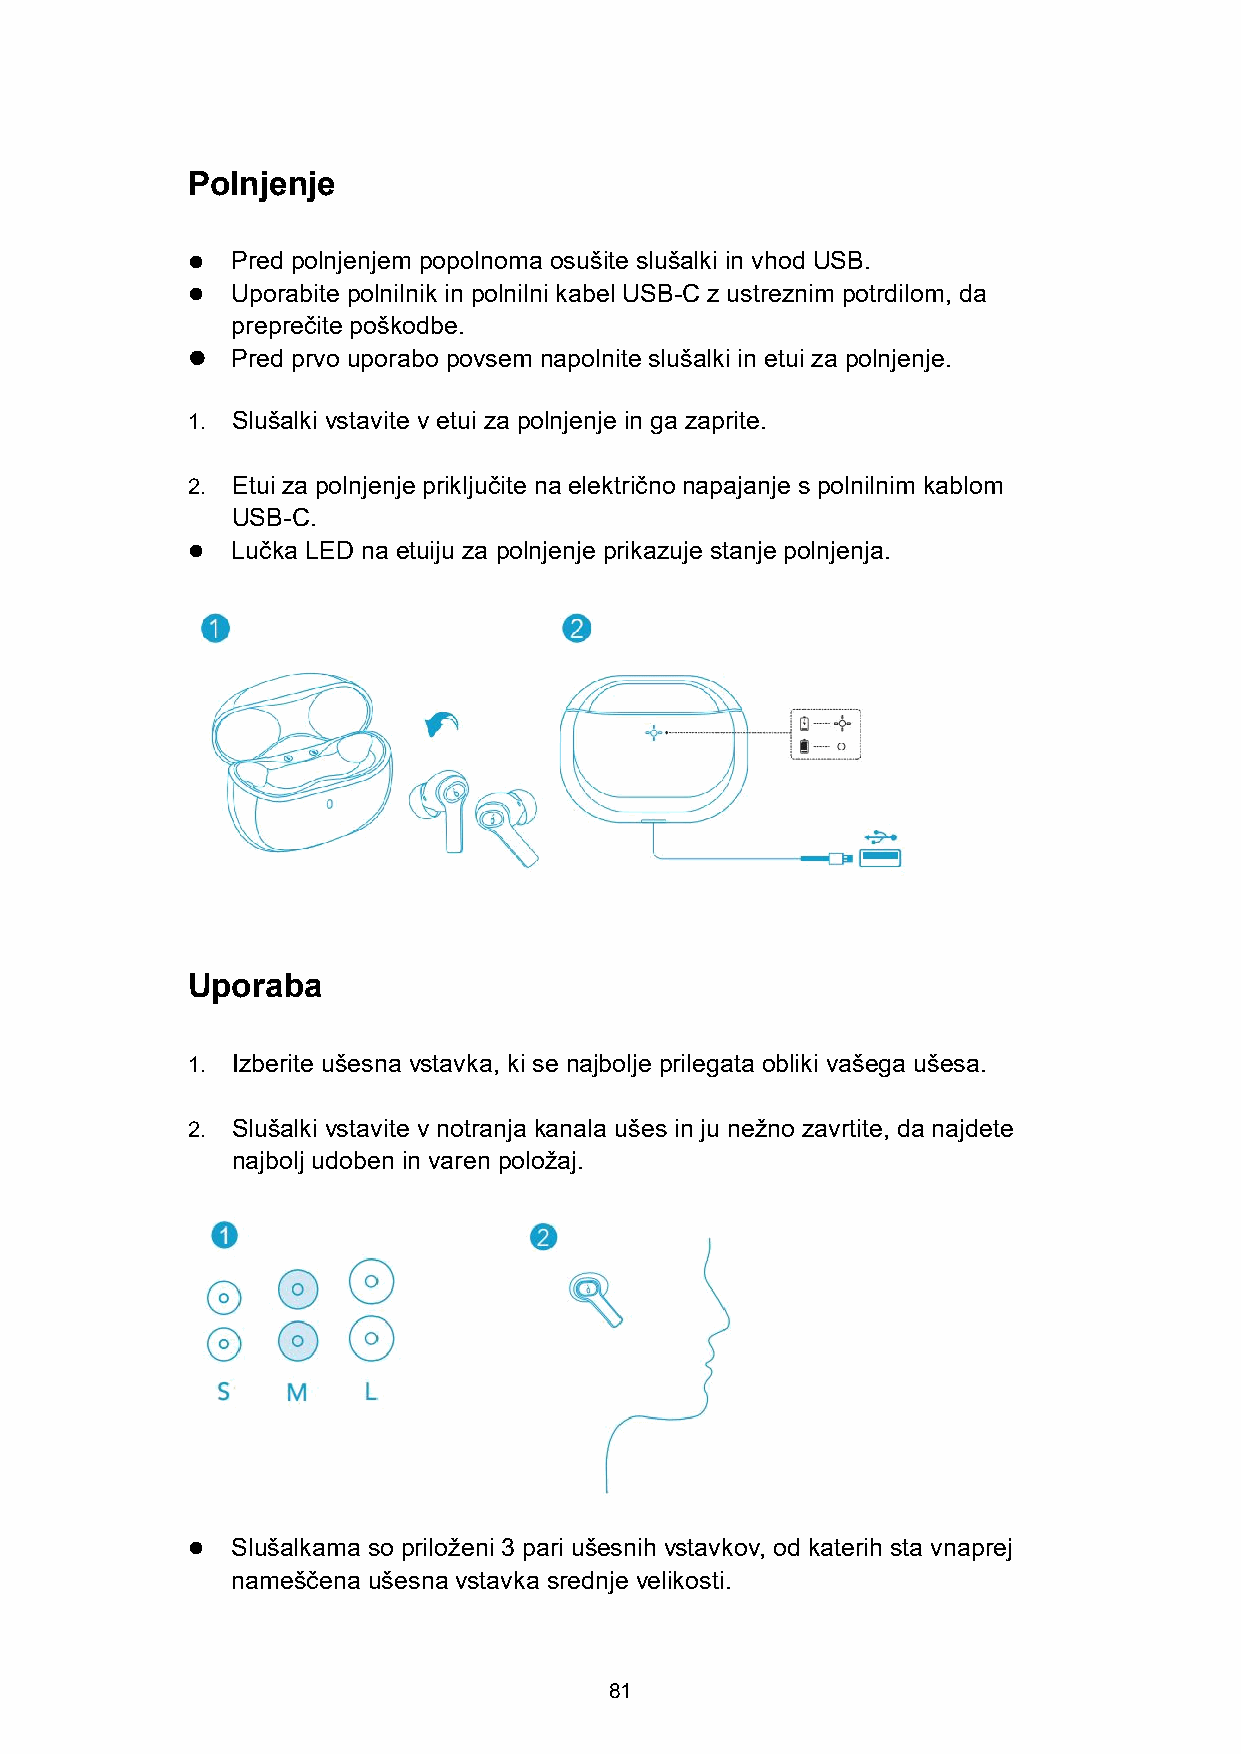
Polnjenje
   Pred polnjenjem popolnoma osušite slušalki in vhod USB.
   Uporabite polnilnik in polnilni kabel USB-C z ustreznim potrdilom, da
 preprečite poškodbe.
   Pred prvo uporabo povsem napolnite slušalki in etui za polnjenje.
 1. Slušalki vstavite v etui za polnjenje in ga zaprite.
 2. Etui za polnjenje priključite na električno napajanje s polnilnim kablom
 USB-C.
   Lučka LED na etuiju za polnjenje prikazuje stanje polnjenja.
 Uporaba
 1. Izberite ušesna vstavka, ki se najbolje prilegata obliki vašega ušesa.
 2. Slušalki vstavite v notranja kanala ušes in ju nežno zavrtite, da najdete
 najbolj udoben in varen položaj.
   Slušalkama so priloženi 3 pari ušesnih vstavkov, od katerih sta vnaprej
 nameščena ušesna vstavka srednje velikosti.
 81